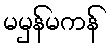
မမှန်မကန်